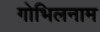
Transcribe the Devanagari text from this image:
गोभिलनाम